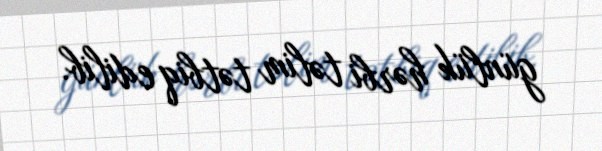
günlük hərbi təlim tətbiq edilib.